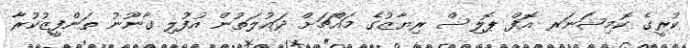
ކުރީގެ ކޮމިޝަނަރ އޮފް ޕޮލިސް ރިޔާޒުގެ މައްޗަށް ދައުލަތުން އުފުލި ގާނޫނު ތަންފީޒުކުރާ